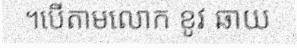
។បើតាមលោក ខូវ ឆាយ